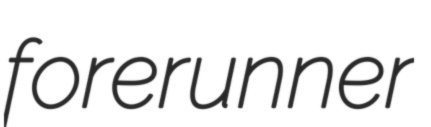
forerunner